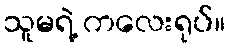
သူမရဲ့ ကလေးရုပ်။